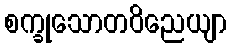
စက္ခုသောတဝိညေယျာ